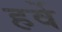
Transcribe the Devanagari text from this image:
हर्वे